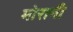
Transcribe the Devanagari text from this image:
मोरानी